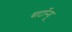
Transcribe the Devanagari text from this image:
बार्टोन्यू